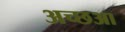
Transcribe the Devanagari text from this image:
अच्छआ